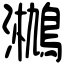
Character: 𤄄